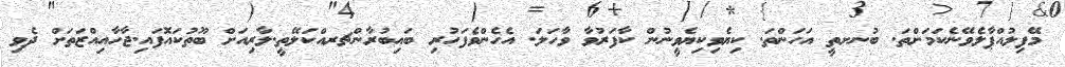
މޭފިލުއްޕާލެެވޭނެކަމަށްތަ. ބުނށތީ އަހަންތަ. ކިޔެވިކިޔެވީނުން ކާފަރުވާ ވާހަލަ. އެހެންވެފަހުރި ބައިބުރާންޗރއްކަލޭތީ.ލާރިއަށް ބޫތުކައޮފައި.ޖާހާއިއްޒަތަށް ދެވި